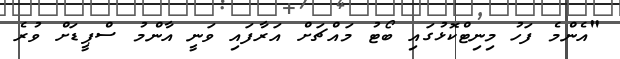
"އެންމެ ފަހު މިނިޓްކޮޅުގައި ބޯޓު މައްޗަށް އަރާފައި ވަނީ އާންމު ސްޕީޑަށް ވުރެ